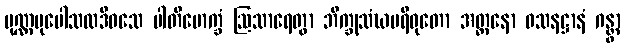
ပုဏ္ဏမုပေါသထဒိဝသေ ပါတိမောက္ခံ ဩသာရေတွာ ဘိက္ခုသံဃပရိဝုတော အတ္တနော ဝသနဋ္ဌာနံ ဂန္တွာ